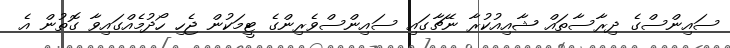
ސައިންސްގެ ދިރާސާތައް ޝާއިއުކުރާ ނޭޗާގައި ސައިންސްވެރިންގެ ޓީމަކުން ޖެހި ހޯދުމެއްގައިވާ ގޮތުން އެ